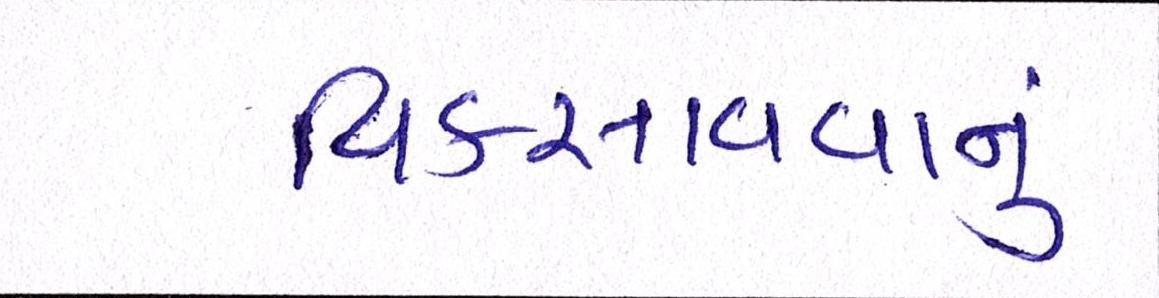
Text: વિકસાવવાનું